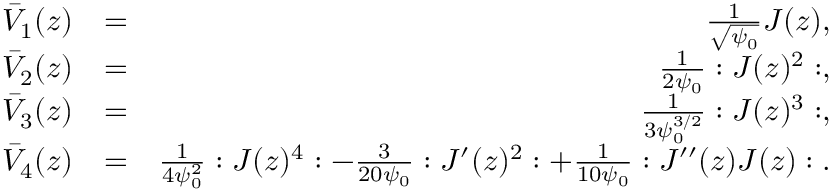
\begin{array} { r l r } { \bar { V } _ { 1 } ( z ) } & { = } & { \frac { 1 } { \sqrt { \psi _ { 0 } } } J ( z ) , } \\ { \bar { V } _ { 2 } ( z ) } & { = } & { \frac { 1 } { 2 \psi _ { 0 } } : J ( z ) ^ { 2 } : , } \\ { \bar { V } _ { 3 } ( z ) } & { = } & { \frac { 1 } { 3 \psi _ { 0 } ^ { 3 / 2 } } : J ( z ) ^ { 3 } : , } \\ { \bar { V } _ { 4 } ( z ) } & { = } & { \frac { 1 } { 4 \psi _ { 0 } ^ { 2 } } : J ( z ) ^ { 4 } : - \frac { 3 } { 2 0 \psi _ { 0 } } : J ^ { \prime } ( z ) ^ { 2 } : + \frac { 1 } { 1 0 \psi _ { 0 } } : J ^ { \prime \prime } ( z ) J ( z ) : . } \end{array}